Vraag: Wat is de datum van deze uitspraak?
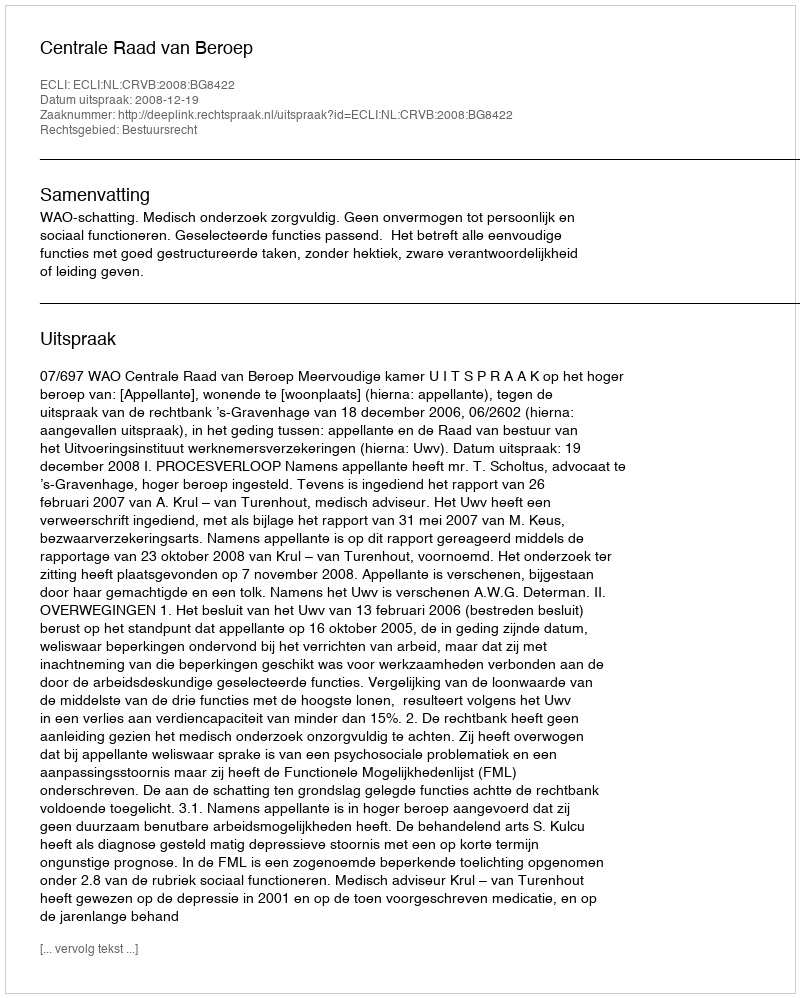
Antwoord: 2008-12-19